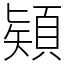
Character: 𩓙